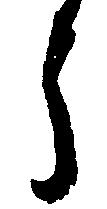
う